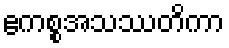
ဧကစ္စအသဿတိကာ